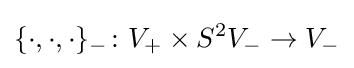
\{\cdot ,\cdot ,\cdot \}_{-}\colon V_{+}\times S^{2}V_{-}\to V_{-}